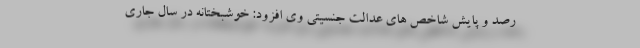
رصد و پایش شاخص های عدالت جنسیتی وی افزود: خوشبختانه در سال جاری